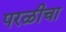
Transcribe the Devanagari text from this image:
परळीचा